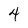
Character: 4